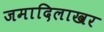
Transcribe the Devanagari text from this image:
जमादिलाखर